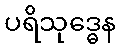
ပရိသုဒ္ဓေန